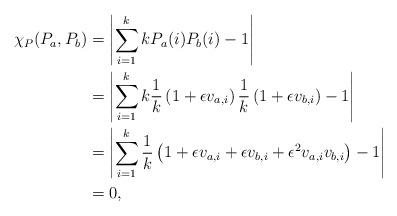
LaTeX: \begin{align*}\chi_P(P_a,P_b) &= \left| \sum_{i=1}^k kP_a(i)P_b(i) - 1 \right| \\&= \left| \sum_{i=1}^k k \frac{1}{k} \left( 1 + \epsilon v_{a,i} \right) \frac{1}{k}\left( 1 + \epsilon v_{b,i} \right) - 1 \right| \\&= \left| \sum_{i=1}^k \frac{1}{k} \left( 1 + \epsilon v_{a,i} + \epsilon v_{b,i} + \epsilon^2 v_{a,i} v_{b,i} \right) - 1 \right| \\&= 0,\end{align*}